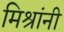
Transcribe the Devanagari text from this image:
मिश्रांनी